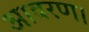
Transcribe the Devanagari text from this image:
आवरण।